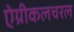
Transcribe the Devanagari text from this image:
ऐग्रीकलचरल